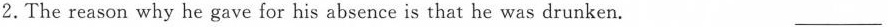
2.The reason why he gave for his absence is that he was drunken. ___